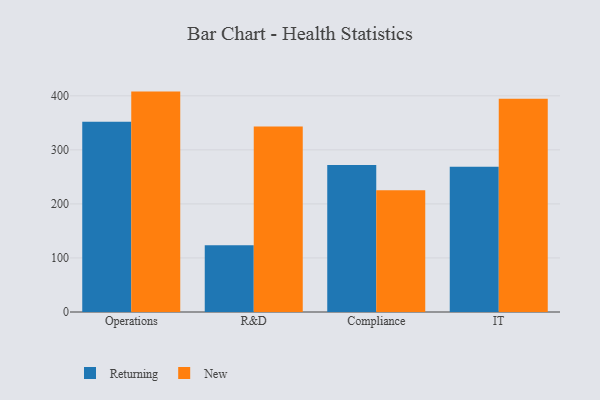
{"axis": {"x": "Department", "y": "Bounce Rate (%)"}, "legend": ["New", "Returning"], "data": [{"x": "Operations", "y": 352.1, "type": "Returning"}, {"x": "Operations", "y": 407.8, "type": "New"}, {"x": "R&D", "y": 123.4, "type": "Returning"}, {"x": "R&D", "y": 343.3, "type": "New"}, {"x": "Compliance", "y": 271.8, "type": "Returning"}, {"x": "Compliance", "y": 225.5, "type": "New"}, {"x": "IT", "y": 268.8, "type": "Returning"}, {"x": "IT", "y": 394.7, "type": "New"}]}